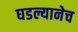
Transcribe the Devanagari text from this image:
घडल्यानेच